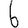
Digit: 6